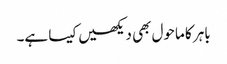
باہر کا ماحول بھی دیکھیں کیسا ہے۔